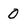
Character: O